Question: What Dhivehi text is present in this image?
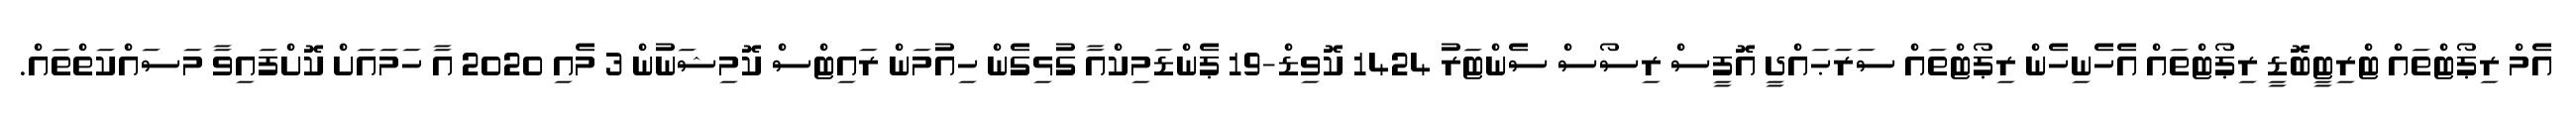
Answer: އެމް ރިޕޯޓްތައް ޓްރިޓީބޮޑީ ރިޕޯޓްތައް އެހެނިހެން ރިޕޯޓްތައް ސަރަޙައްދީ އޮފީސް ރިސޯސް ސެންޓަރު 1424 ކޮވިޑް-19 ޕެންޑަމިކްއާ ގުޅިގެން ހިއުމަން ރައިޓްސް ކޮމިޝަނުން 3 މެއި 2020 އާ ހަމައަށް ކޮށްފައިވާ މަސައްކަތްތައް.